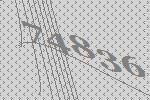
74836